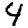
Digit: 4